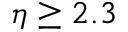
\eta \geq 2 . 3